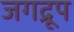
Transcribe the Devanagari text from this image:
जगद्रूप